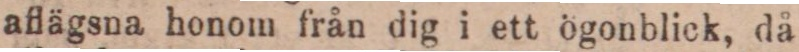
aflägsna honom från dig i ett ögonblick, då